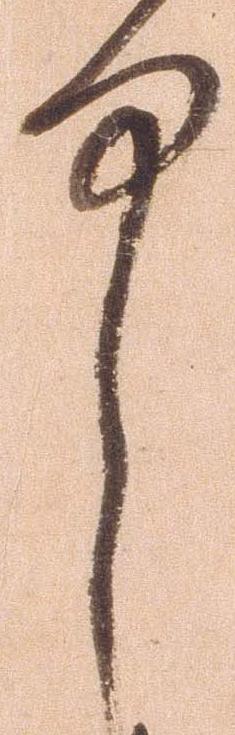
中